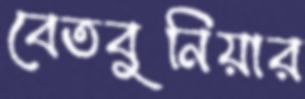
বেতবুনিয়ার